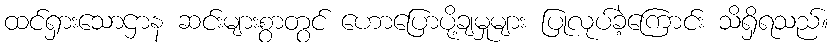
ထင်ရှားသောဌာန ဆင်းများစွာတွင် ဟောပြောပို့ချမှုများ ပြုလုပ်ခဲ့ကြောင်း သိရှိရသည်။